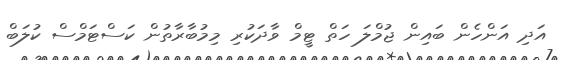
އަދި އަންހެން ބައިން ޖުމްލަ ހަތް ޓީމް ވާދަކުރި މިމުބާރާތުން ކަސްޓަމްސް ކުލަބް